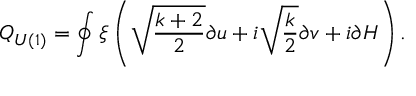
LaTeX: Q _ { U ( 1 ) } = \oint \xi \left( \sqrt { \frac { k + 2 } { 2 } } \partial u + i \sqrt { \frac { k } { 2 } } \partial v + i \partial H \right) .